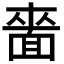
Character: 𮧌